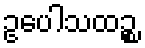
ဥပေါသထဉ္စ